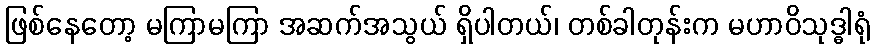
ဖြစ်နေတော့ မကြာမကြာ အဆက်အသွယ် ရှိပါတယ်၊ တစ်ခါတုန်းက မဟာဝိသုဒ္ဓါရုံ